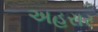
અહરાર